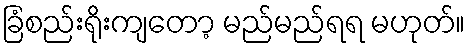
ခြံစည်းရိုးကျတော့ မည်မည်ရရ မဟုတ်။